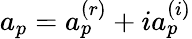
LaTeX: a_{p}=a_{p}^{(r)}+ia_{p}^{(i)}